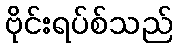
ဗိုင်းရပ်စ်သည်